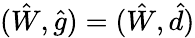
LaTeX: (\hat{W},\hat{g})=(\hat{W},\hat{d})